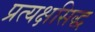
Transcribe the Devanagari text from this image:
प्रत्यक्षसिद्ध